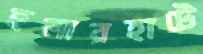
হুলারহাটে